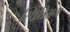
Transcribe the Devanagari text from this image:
स्थितिभ्रम